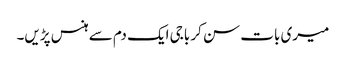
میری بات سن کر باجی ایک دم سے ہنس پڑیں۔